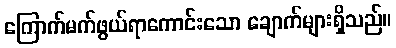
ကြောက်မက်ဖွယ်ရာကောင်းသော ချောက်များရှိသည်။